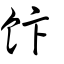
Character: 飰